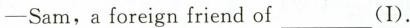
—Sam，a foreign friend of ___(I).